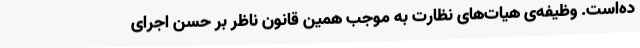
ده‌است. وظیفه‌ی هیات‌های نظارت به موجب همین قانون ناظر بر حسن اجرای